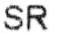
SR